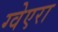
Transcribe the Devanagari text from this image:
ग्वेएरा